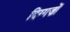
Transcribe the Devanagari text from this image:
दिग्गज़ों